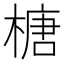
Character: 榶